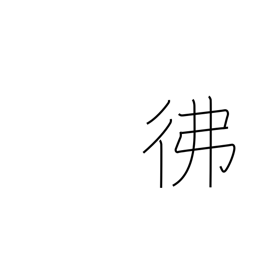
Meaning: dimly